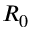
R _ { 0 }